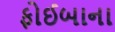
ફોઈબાના